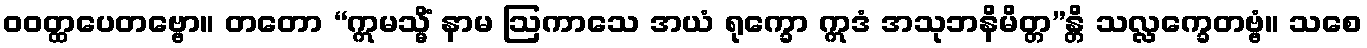
ဝဝတ္ထပေတဗ္ဗော။ တတော “ဣမသ္မိံ နာမ ဩကာသေ အယံ ရုက္ခော ဣဒံ အသုဘနိမိတ္တ”န္တိ သလ္လက္ခေတဗ္ဗံ။ သစေ